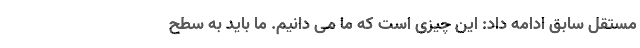
مستقل سابق ادامه داد: این چیزی است که ما می دانیم. ما باید به سطح